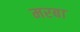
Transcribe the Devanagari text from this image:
मरबा